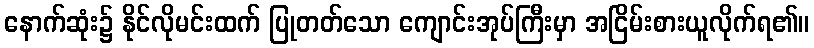
နောက်ဆုံး၌ နိုင်လိုမင်းထက် ပြုတတ်သော ကျောင်းအုပ်ကြီးမှာ အငြိမ်းစားယူလိုက်ရ၏။